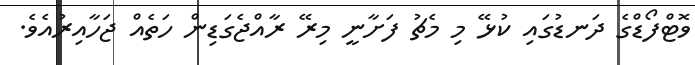
ވޮޓްފޯޑްގެ ދަނޑުގައި ކުޅޭ މި މެޗު ފަށާނީ މިރޭ ރާއްޖެގަޑިން ހަތެއް ޖަހާއިރުއެވެ.